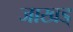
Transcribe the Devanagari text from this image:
जाखड्